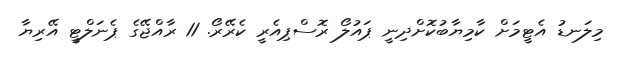
މިލަނޑު އެޓީމަށް ކާމިޔާބުކޮށްދިނީ ޕައުލޯ ރޮސްޕިއެރީ ކެރޭރޯ. 11 ރާއްޖޭގެ ޕެނަލްޓީ އޭރިޔާ